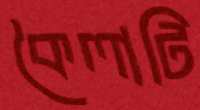
কৈলাটি